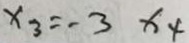
x _ { 3 } = - 3 x _ { 4 }